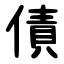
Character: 債